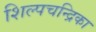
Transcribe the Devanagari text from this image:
शिल्पचन्द्रिका